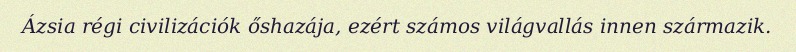
Ázsia régi civilizációk őshazája, ezért számos világvallás innen származik.